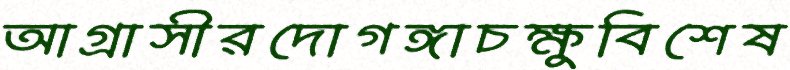
আগ্রাসীরদোগঙ্গাচক্ষুবিশেষ